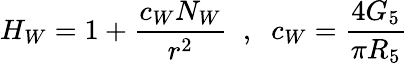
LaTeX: H_{W}=1+\frac{c_{W}N_{W}}{r^{2}}\; \; ,\; \; c_{W}=\frac{4G_{5}}{\pi R_{5}}